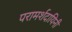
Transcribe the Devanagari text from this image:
परामर्शदायिनी